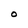
Character: O